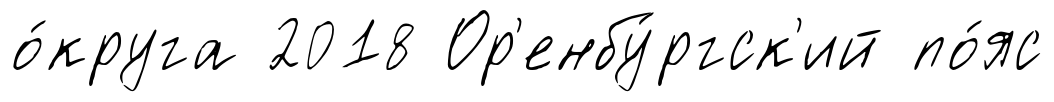
о́круга 2018 Ор'енбу́ргск'ий по́яс